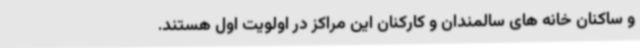
و ساکنان خانه های سالمندان و کارکنان این مراکز در اولویت اول هستند.